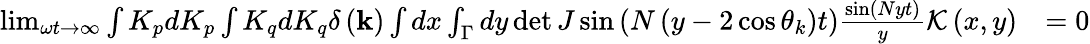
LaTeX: \begin{array}{rl}{\operatorname*{lim}_{\omega t\rightarrow\infty}\int K_{p}dK_{p}\int K_{q}dK_{q}\delta\left(\mathbf{k}\right)\int dx\int_{\Gamma}dy\operatorname*{det}J\sin\left(N\left(y-2\cos\theta_{k}\right)t\right)\frac{\sin\left(Nyt\right)}{y}\mathcal{K}\left(x,y\right)}&{=0}\end{array}